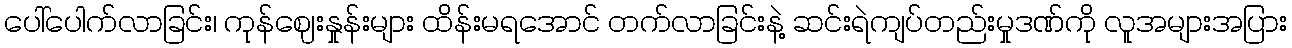
ပေါ်ပေါက်လာခြင်း၊ ကုန်ဈေးနှုန်းများ ထိန်းမရအောင် တက်လာခြင်းနဲ့ ဆင်းရဲကျပ်တည်းမှုဒဏ်ကို လူအများအပြား